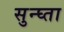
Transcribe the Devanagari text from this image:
सुन्घ्ता